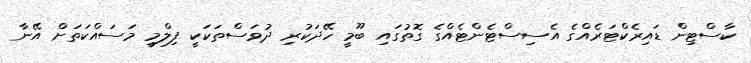
ކާސްޓިން ޑައިރެކްޓަރެއްގެ އެސިސްޓެންޓެއްގެ ގޮތުގައި ބޫމީ ހޭދަކުރި ދުވަސްތަކަކީ ފިލްމީ މަސައްކަތަށް އޭނާ